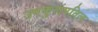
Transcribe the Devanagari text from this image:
उपकुलपतित्व